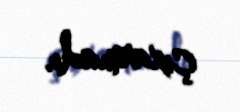
çıxarmadı.